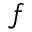
f